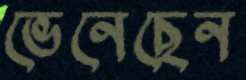
ভেনেছেন